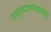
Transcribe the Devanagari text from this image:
राज्यपालपदाचीही